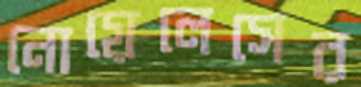
নোয়েলেসের